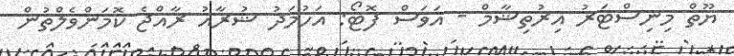
ޔޫތް މިނިސްޓަރު އިރުތިޝާމް - އަވަސް ފޮޓޯ: އަހުމަދު ޝުރާއު ރާއްޖެ ކޮމަންވެލްތުން